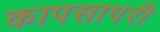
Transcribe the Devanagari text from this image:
कापसापरी